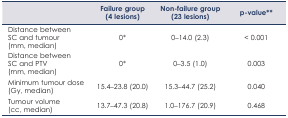
<table><thead><tr><td></td><td><b>Failure group (4 lesions)</b></td><td><b>Non-failure group (23 lesions)</b></td><td><b>p-value**</b></td></tr></thead><tbody><tr><td>Distance between SC and tumour (mm, median)</td><td>0*</td><td>0–14.0 (2.3)</td><td>&lt; 0.001</td></tr><tr><td>Distance between SC and PTV (mm, median)</td><td>0*</td><td>0–3.5 (1.0)</td><td>0.003</td></tr><tr><td>Minimum tumour dose (Gy, median)</td><td>15.4–23.8 (20.0)</td><td>15.3–44.7 (25.2)</td><td>0.040</td></tr><tr><td>Tumour volume (cc, median)</td><td>13.7–47.3 (20.8)</td><td>1.0–176.7 (20.9)</td><td>0.468</td></tr></tbody></table>